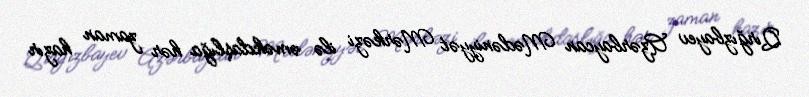
Qırğızbayev Azərbaycan Mədəniyyət Mərkəzi ilə əməkdaşlığa hər zaman hazır